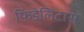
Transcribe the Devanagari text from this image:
फिडेलिटास